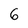
Character: 6